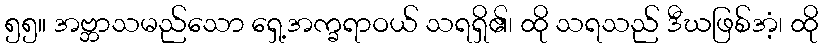
၅၅။ အဗ္ဘာသမည်သော ရှေ့အက္ခရာဝယ် သရရှိ၏၊ ထို သရသည် ဒီဃဖြစ်အံ့၊ ထို